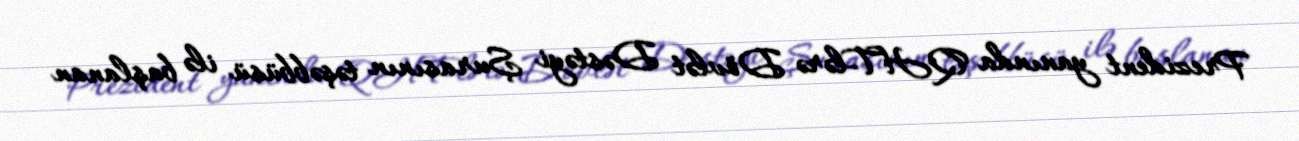
Prezident yanında QHT-lərə Dövlət Dəstəyi Şurasının təşəbbüsü ilə başlanan